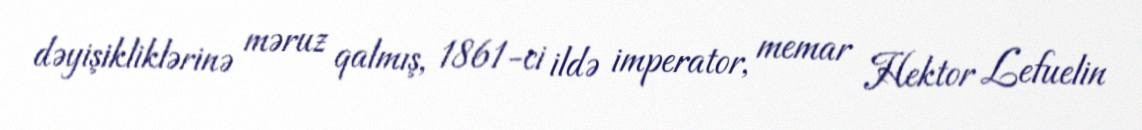
dəyişikliklərinə məruz qalmış, 1861-ci ildə imperator, memar Hektor Lefuelin